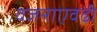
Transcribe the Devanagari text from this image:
वजनाएवढी